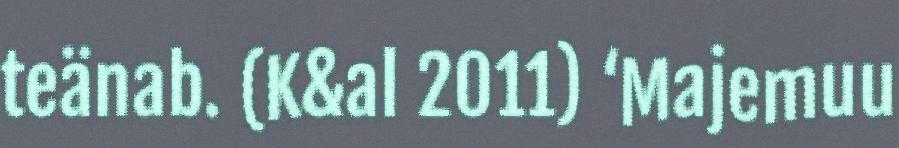
teänab. (K&al 2011) ‘Majemuu